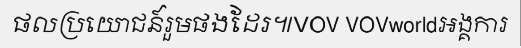
ផលប្រយោជន៍រួមផងដែរ៕VOV VOVworldអង្គការ